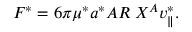
F ^ { * } = 6 \pi \mu ^ { * } a ^ { * } A R \; X ^ { A } v _ { \parallel } ^ { * } .